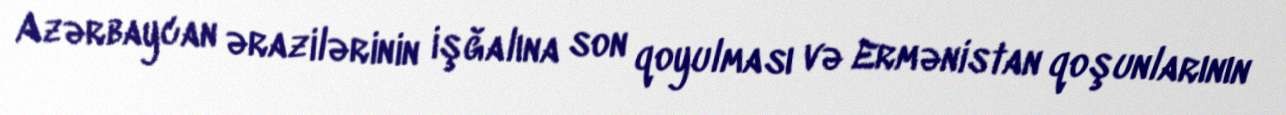
Azərbaycan ərazilərinin işğalına son qoyulması və Ermənistan qoşunlarının